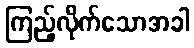
ကြည့်လိုက်သောအခါ